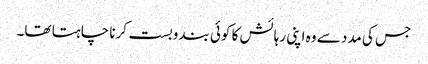
جس کی مدد سے وہ اپنی رہائش کا کوئی بندوبست کرنا چاہتا تھا۔